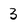
Character: 3